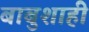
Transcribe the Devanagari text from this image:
बाबुशाही